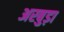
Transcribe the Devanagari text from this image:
अरबुड़ा